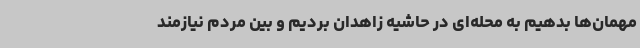
مهمان‌ها بدهیم به محله‌ای در حاشیه زاهدان بردیم و بین مردم نیازمند